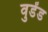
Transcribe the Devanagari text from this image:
वुडेंड